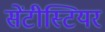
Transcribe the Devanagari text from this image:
सेंटीस्टियर